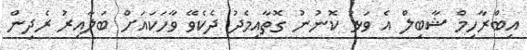
އިބްރާހިމް ޝާބިލް އެ ވަޅު ކޮނުނު ގޮތާއިމެދު ދެކެވޭ ވާހަކައަށް ބަލާއިރު ރެދިން